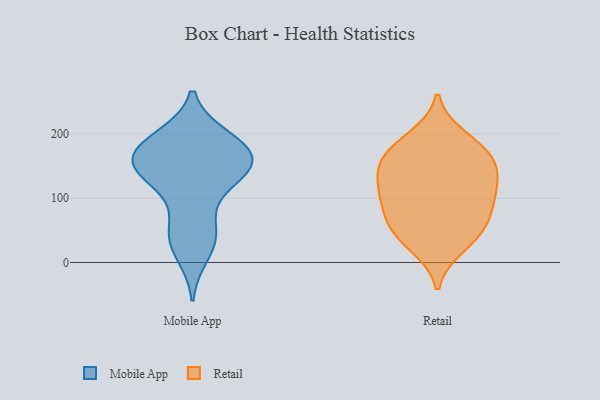
{"axis": {"x": "LTV (USD)", "y": "Value"}, "legend": ["Mobile App", "Retail"], "data": [{"x": "", "y": 43, "type": "Mobile App"}, {"x": "", "y": 153, "type": "Mobile App"}, {"x": "", "y": 56, "type": "Mobile App"}, {"x": "", "y": 145, "type": "Mobile App"}, {"x": "", "y": 155, "type": "Mobile App"}, {"x": "", "y": 194, "type": "Mobile App"}, {"x": "", "y": 110, "type": "Mobile App"}, {"x": "", "y": 179, "type": "Mobile App"}, {"x": "", "y": 37, "type": "Mobile App"}, {"x": "", "y": 184, "type": "Mobile App"}, {"x": "", "y": 158, "type": "Mobile App"}, {"x": "", "y": 144, "type": "Mobile App"}, {"x": "", "y": 193, "type": "Mobile App"}, {"x": "", "y": 162, "type": "Mobile App"}, {"x": "", "y": 134, "type": "Mobile App"}, {"x": "", "y": 13, "type": "Mobile App"}, {"x": "", "y": 26, "type": "Retail"}, {"x": "", "y": 178, "type": "Retail"}, {"x": "", "y": 105, "type": "Retail"}, {"x": "", "y": 40, "type": "Retail"}, {"x": "", "y": 168, "type": "Retail"}, {"x": "", "y": 143, "type": "Retail"}, {"x": "", "y": 113, "type": "Retail"}, {"x": "", "y": 107, "type": "Retail"}, {"x": "", "y": 194, "type": "Retail"}, {"x": "", "y": 159, "type": "Retail"}, {"x": "", "y": 140, "type": "Retail"}, {"x": "", "y": 65, "type": "Retail"}, {"x": "", "y": 54, "type": "Retail"}, {"x": "", "y": 79, "type": "Retail"}]}